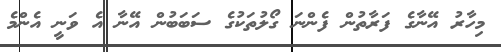
މިހާރު އޭނާގެ ފަރާތުން ފެންނަ ގޯލުތަކުގެ ސަބަބުން އޭނާ އެ ވަނީ އެންމެ